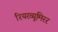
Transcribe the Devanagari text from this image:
रियरव्यूमिरर